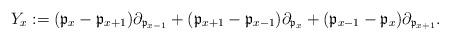
LaTeX: \begin{align*}Y_x:=({\frak p}_x-{\frak p}_{x+1})\partial_{{\frak p}_{x-1}}+({\frak p}_{x+1}-{\frak p}_{x-1})\partial_{{\frak p}_{x}}+({\frak p}_{x-1}-{\frak p}_{x})\partial_{{\frak p}_{x+1}}.\end{align*}